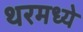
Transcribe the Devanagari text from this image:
थरमध्ये